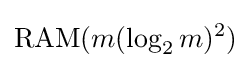
\mathrm {RAM} (m(\log _{2}m)^{2})